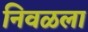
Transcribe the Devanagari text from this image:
निवळला